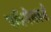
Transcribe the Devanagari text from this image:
पश्चिमेसकडे